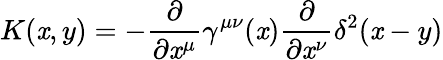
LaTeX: K(\mathit{x},y)=-\frac{{\partial}}{{\partial\mathit{x}^{\mu}}}\gamma^{\mu\nu}(\mathit{x})\frac{{\partial}}{{\partial\mathit{x}^{\nu}}}\delta^{2}(\mathit{x}-y)